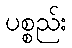
ပစ္စည်း